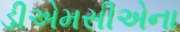
ડીએમસીએના